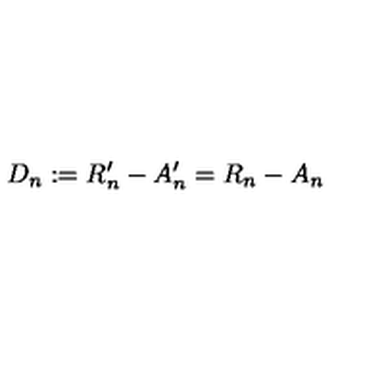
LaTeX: D _ { n } : = R _ { n } ^ { \prime } - A _ { n } ^ { \prime } = R _ { n } - A _ { n }